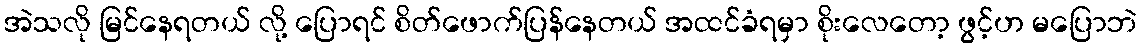
အဲသလို မြင်နေရတယ် လို့ ပြောရင် စိတ်ဖောက်ပြန်နေတယ် အထင်ခံရမှာ စိုးလေတော့ ဖွင့်ဟ မပြောဘဲ